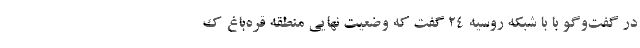
در گفت‌وگو با با شبکه روسیه ۲۴ گفت که وضعیت نهایی منطقه قره‌باغ ک